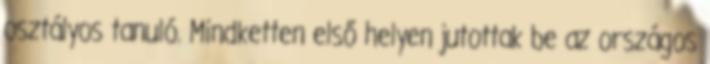
osztályos tanuló. Mindketten első helyen jutottak be az országos